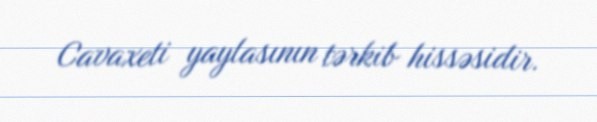
Cavaxeti yaylasının tərkib hissəsidir.